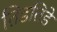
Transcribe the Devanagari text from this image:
तिडतिडे